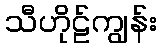
သီဟိုဠ်ကျွန်း